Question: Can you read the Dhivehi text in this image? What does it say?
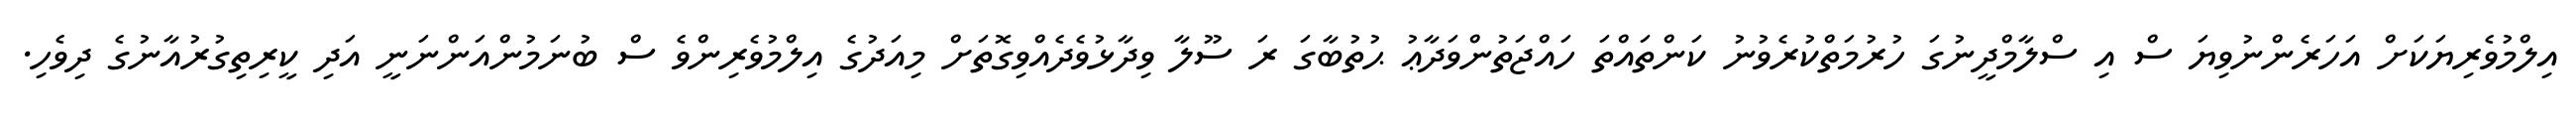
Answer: އިލްމުވެރިޔަކަށް އަހަރެންނުވިޔަ ސް އި ސްލާމްދީނުގަ ހުރުމަތްކުރެވުނު ކަންތައްތަ ހައްޖަތުންވަދާޢު ޙުތުބާގަ ރަ ސޫލާ ވިދާޅުވެދެއްވިގޮތަށް މިއަދުގެ އިލްމުވެރިންވެ ސް ބުނަމުންއަންނަނީ އަދި ކީރިތިގުރުއާނުގެ ދިވެހި.